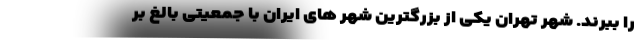
را ببرند. شهر تهران یکی از بزرگترین شهر های ایران با جمعیتی بالغ بر